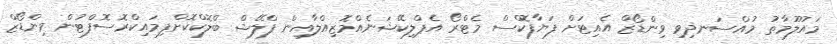
މައުލޫމާތު މުއްސަނދިވި ވިންޑޯޒް އެއިޓަށް ފަޔާފޮކްސް މެޓްރޯ އެޕްލިކޭޝަނެއްމޮޒިއްލާއިން ފްލޭޝް ބްލޮކްކޮށްފިމައިކްރޮސޮފްޓުން ވިންޑޯޒް